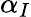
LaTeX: \alpha_{I}